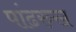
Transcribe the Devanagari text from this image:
पांढरुख